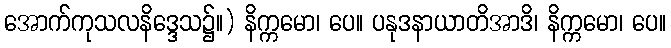
အောက်ကုသလနိဒ္ဒေသ၌။) နိက္ကမော၊ ပေ။ ပနုဒနာယာတိအာဒိ၊ နိက္ကမော၊ ပေ။